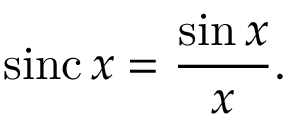
\mathrm { s i n c } \, x = { \frac { \sin x } { x } } .